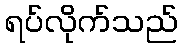
ရပ်လိုက်သည်